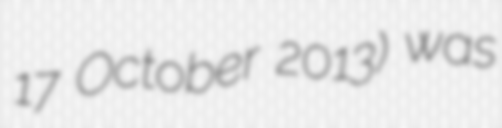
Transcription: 17 October 2013) was